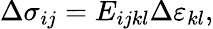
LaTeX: \Delta\sigma_{ij}=E_{ijkl}\Delta\varepsilon_{kl},